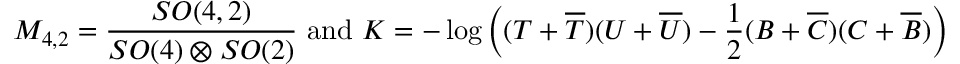
{ \cal M } _ { 4 , 2 } = \frac { S O ( 4 , 2 ) } { S O ( 4 ) \otimes S O ( 2 ) } \mathrm { ~ a n d ~ } K = - \log \left( ( T + \overline { { { T } } } ) ( U + \overline { { { U } } } ) - \frac { 1 } { 2 } ( B + \overline { { { C } } } ) ( C + \overline { { { B } } } ) \right)